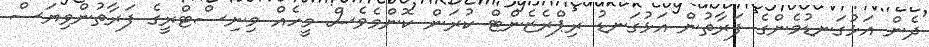
ދެން އަޅުގަނޑުމެންގެ ފަރާތުން އަޅުގަނޑު ރިޕްރެޒެންޓް ކުރަން ކޮންމެވެސް މީހެއް މިނިސްޓްރީގެ ފަރާތުންވިޔަސް